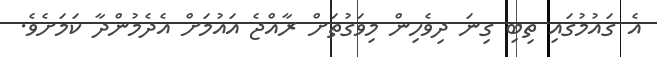
އެ ގައުމުގައި ތިބި ގިނަ ދިވެހިން މިވަގުތަށް ރާއްޖެ އައުމަށް އެދެމުންދާ ކަމަށެވެ.